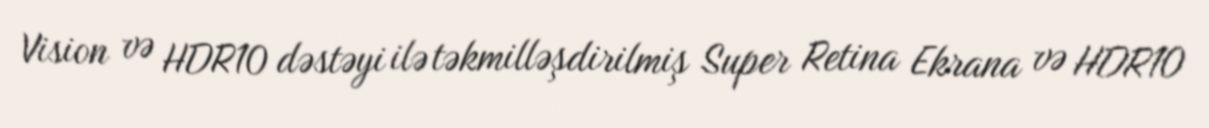
Vision və HDR10 dəstəyi ilə təkmilləşdirilmiş Super Retina Ekrana və HDR10